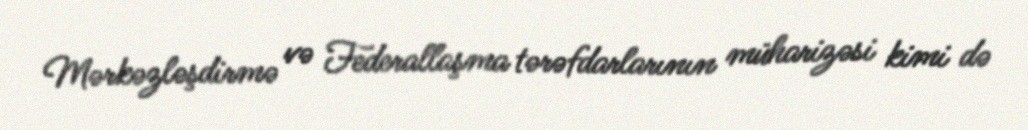
Mərkəzləşdirmə və Federallaşma tərəfdarlarının müharizəsi kimi də